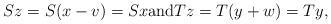
LaTeX: \begin{align*} S z = S (x - v) = S x \textup{and} T z = T (y + w) = T y,\end{align*}